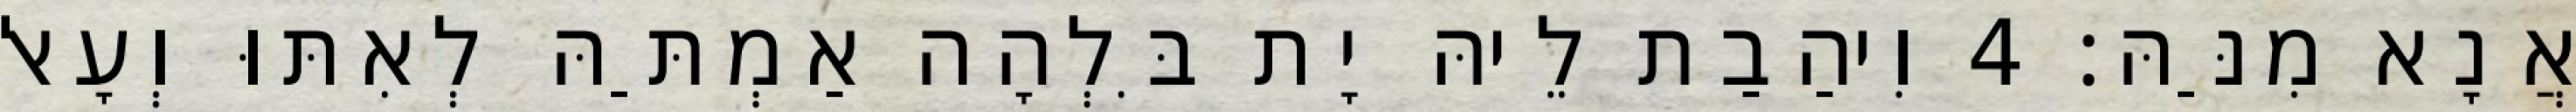
אֲנָא מִנַּהּ׃ 4 וִיהַבַת לֵיהּ יָת בִּלְהָה אַמְתַּהּ לְאִתּוּ וְעָאל